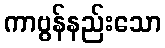
ကာဗွန်နည်းသော